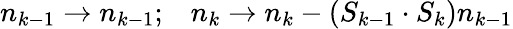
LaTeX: \begin{array}{cc}{{n_{k-1}\rightarrow n_{k-1};}}&{{n_{k}\rightarrow n_{k}-(S_{k-1}\cdot S_{k})n_{k-1}}}\end{array}